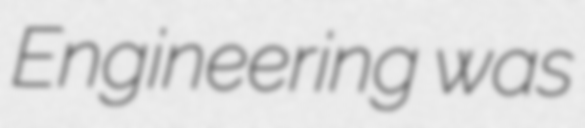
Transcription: Engineering was